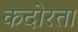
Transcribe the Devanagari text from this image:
कदोरता